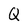
Character: Q